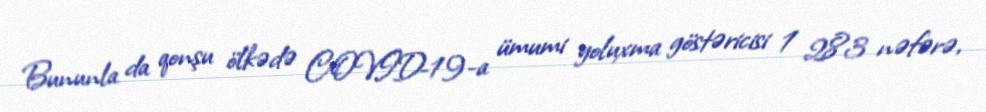
Bununla da qonşu ölkədə COVID-19-a ümumi yoluxma göstəricisi 1 283 nəfərə,